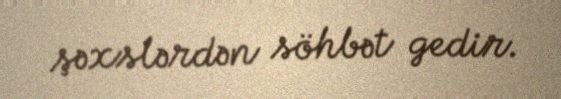
şəxslərdən söhbət gedir.